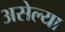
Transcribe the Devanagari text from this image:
असेल्या